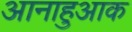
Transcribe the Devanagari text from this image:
आनाहुआक